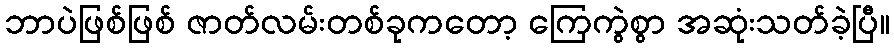
ဘာပဲဖြစ်ဖြစ် ဇာတ်လမ်းတစ်ခုကတော့ ကြေကွဲစွာ အဆုံးသတ်ခဲ့ပြီ။